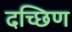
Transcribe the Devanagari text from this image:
दच्छिण